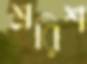
শ্ররিশ